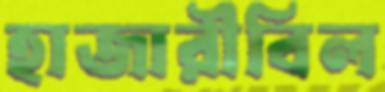
হাজারীবিল